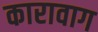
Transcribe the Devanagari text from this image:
कारावाग